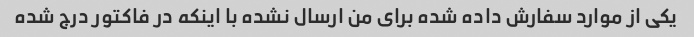
یکی از موارد سفارش داده شده برای من ارسال نشده با اینکه در فاکتور درج شده